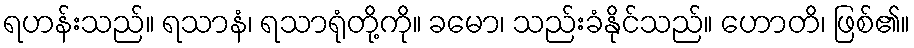
ရဟန်းသည်။ ရသာနံ၊ ရသာရုံတို့ကို။ ခမော၊ သည်းခံနိုင်သည်။ ဟောတိ၊ ဖြစ်၏။